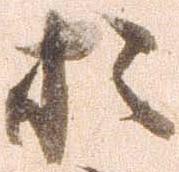
於